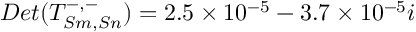
D e t ( T _ { S m , S n } ^ { - , - } ) = 2 . 5 \times 1 0 ^ { - 5 } - 3 . 7 \times 1 0 ^ { - 5 } i